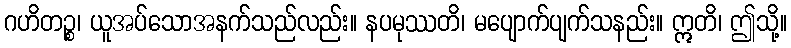
ဂဟိတဉ္စ၊ ယူအပ်သောအနက်သည်လည်း။ နပမုဿတိ၊ မပျောက်ပျက်သနည်း။ ဣတိ၊ ဤသို့။